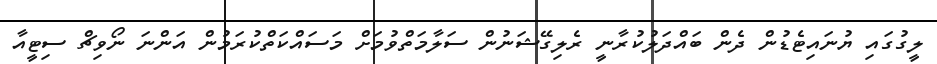
ލީގުގައި ޔުނައިޓެޑުން ދެން ބައްދަލުކުރާނީ ރެލިގޭޝަނުން ސަލާމަތްވުމަށް މަސައްކަތްކުރަމުން އަންނަ ނޯވިޗް ސިޓީއާ